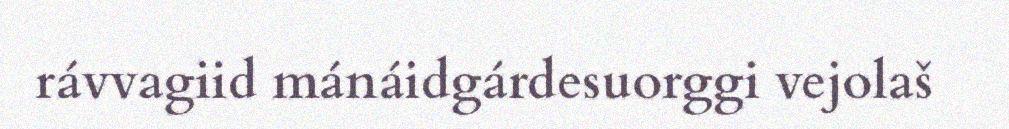
rávvagiid mánáidgárdesuorggi vejolaš